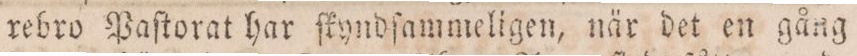
rebro Paſtorat har ſkyndſammeligen, när det en gång